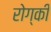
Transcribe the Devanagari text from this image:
रोग्की